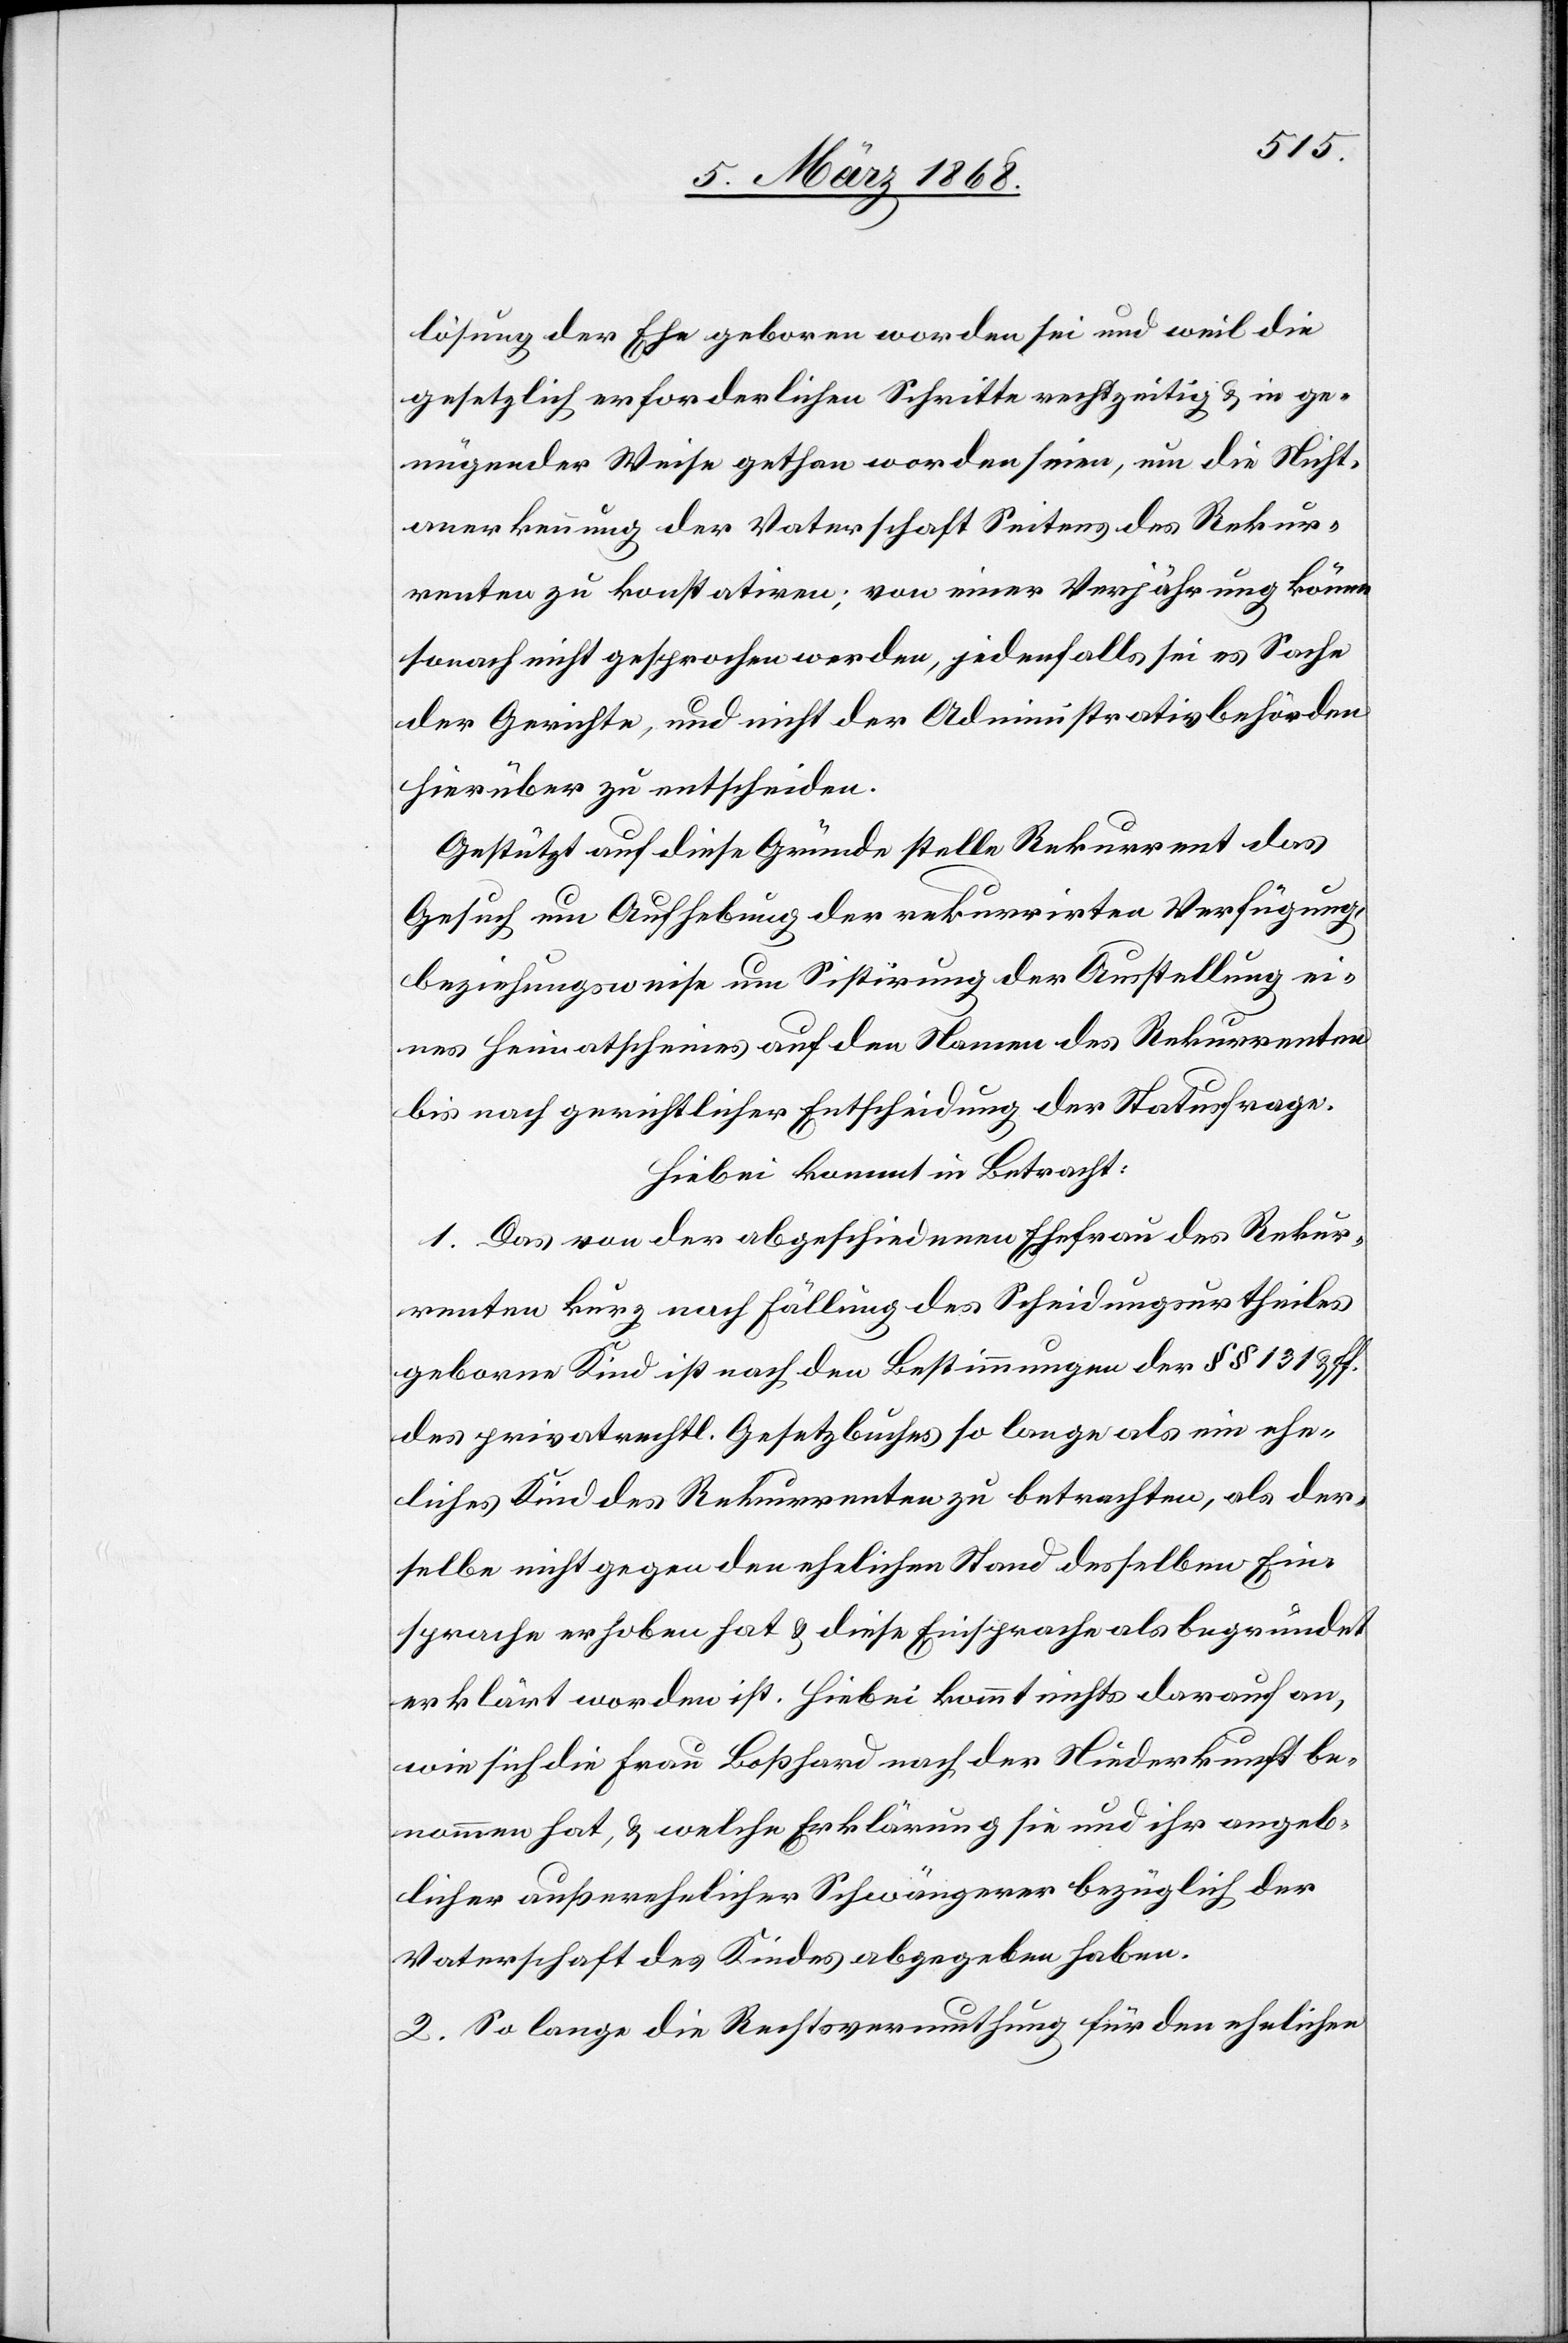
lösung der Ehe geboren worden sei und weil die
gesetzlich erforderlichen Schritte rechtzeitig & in ge¬
nügender Weise gethan worden seien, um die Nicht¬
anerkennung der Vaterschaft Seitens des Rekur¬
renten zu konstatiren; von einer Verjährung könne
sonach nicht gesprochen werden, jedenfalls sei es Sache
der Gerichte, und nicht der Administrativbehörden
hierüber zu entscheiden.
Gestützt auf diese Gründe stelle Rekurrent das
Gesuch um Aufhebung der rekurrirten Verfügung,
beziehungsweise um Sistirung der Ausstellung ei¬
nes Heimatscheines auf den Namen des Rekurrenten
bis nach gerichtlicher Entscheidung der Statusfrage.
Hiebei kommt in Betracht:
1. Das von der abgeschiedenen Ehefrau des Rekur¬
renten kurz nach Fällung des Scheidungsurtheiles
geborne Kind ist nach den Bestimmungen der §§ 131 & ff.
des privatrechtl. Gesetzbuches so lange als ein ehe¬
liches Kind des Rekurrenten zu betrachten, als der¬
selbe nicht gegen den ehelichen Stand desselben Ein¬
sprache erhoben hat & diese Einsprache als begründet
erklärt worden ist. Hiebei kommt nichts darauf an,
wie sich die Frau Boßhard nach der Niederkunft be¬
nommen hat, & welche Erklärung sie und ihr angeb¬
licher außerehelicher Schwängerer bezüglich der
Vaterschaft des Kindes abgegeben haben.
2. So lange die Rechtsvermuthung für den ehelichen